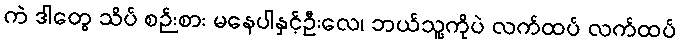
ကဲ ဒါတွေ သိပ် စဉ်းစား မနေပါနှင့်ဦးလေ၊ ဘယ်သူ့ကိုပဲ လက်ထပ် လက်ထပ်